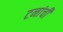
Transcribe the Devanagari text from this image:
टनांची